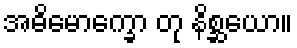
အဓိမောက္ခော တု နိစ္ဆယော။